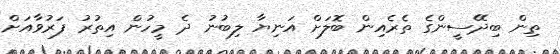
ތިން ބިދޭސީންގެ ތެރެއިން ބޮލަށް އަނިޔާ ލިބުނު ދެ މީހުން އިތުރު ފަރުވާއަށް